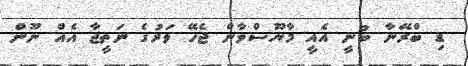
ޑި ބްރޭނާ ބުނީ އެއީ މާޔޫސްވާން ޖެހޭ ވަރުގެ ނަތީޖާ އެއް ނޫން